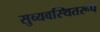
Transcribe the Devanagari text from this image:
सुव्यवस्थितरूप